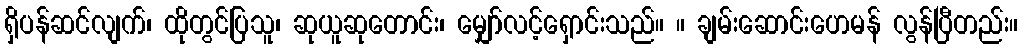
ရှိပန်ဆင်လျက်၊ ထိုတွင်ပြသူ၊ ဆုယူဆုတောင်း၊ မျှော်လင့်ရှောင်းသည်။ ။ ချမ်းဆောင်းဟေမန် လွန်ပြီတည်း။